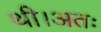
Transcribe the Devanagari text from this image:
थी।अतः